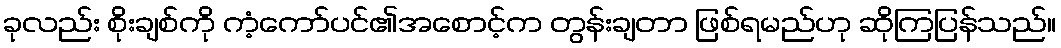
ခုလည်း စိုးချစ်ကို ကံ့ကော်ပင်၏အစောင့်က တွန်းချတာ ဖြစ်ရမည်ဟု ဆိုကြပြန်သည်။